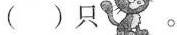
( )只。